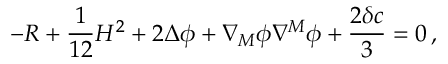
- R + \frac { 1 } { 1 2 } H ^ { 2 } + 2 \Delta \phi + \nabla _ { M } \phi \nabla ^ { M } \phi + \frac { 2 \delta c } { 3 } = 0 \, ,